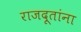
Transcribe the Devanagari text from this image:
राजदूतांना